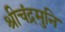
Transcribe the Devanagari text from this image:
श्रीचंद्रमुनि